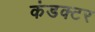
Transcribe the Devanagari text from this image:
कंडक्‍टर